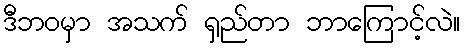
ဒီဘဝမှာ အသက် ရှည်တာ ဘာကြောင့်လဲ။